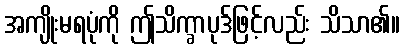
အကျိုးမရပုံကို ဤသိက္ခာပုဒ်ဖြင့်လည်း သိသာ၏။